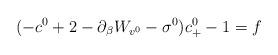
LaTeX: \begin{align*} (-c^0+2-\partial_{\beta}W_{v^0}-\sigma^0)c^0_+-1=f\end{align*}